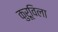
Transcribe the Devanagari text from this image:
कुरूविला